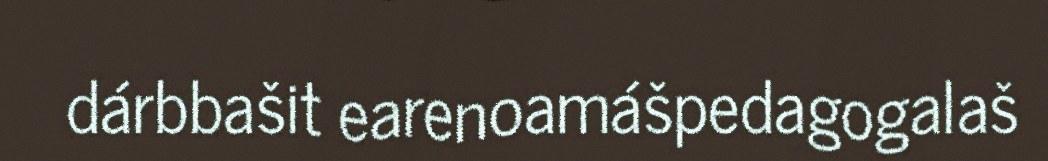
dárbbašit earenoamášpedagogalaš